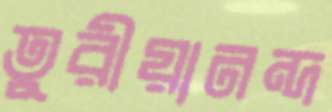
তুরীয়ানন্দ